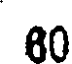
60